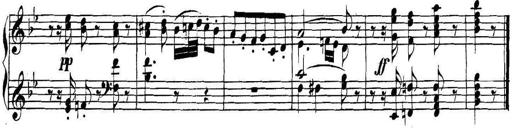
Title: Collected Piano Sonatas
Composer: Muzio Clementi